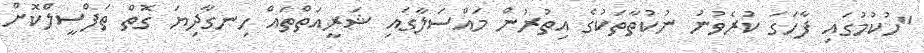
"ހުކުމުގައި ފާހަގަ ކުރެވުނު ނުކުތާތަކުގެ އިތުރުން މައްސަލާގައި ޝަރީއަތްތައް ހިނގާދިޔަ ގޮތް ތަފްސީލްކޮށް